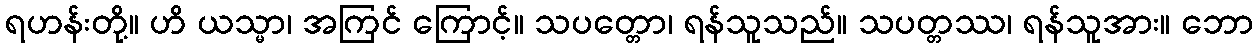
ရဟန်းတို့။ ဟိ ယသ္မာ၊ အကြင် ကြောင့်။ သပတ္တော၊ ရန်သူသည်။ သပတ္တဿ၊ ရန်သူအား။ ဘော